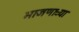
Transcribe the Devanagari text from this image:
भाजणाऱ्या